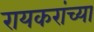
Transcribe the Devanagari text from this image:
रायकरांच्या